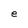
Character: e